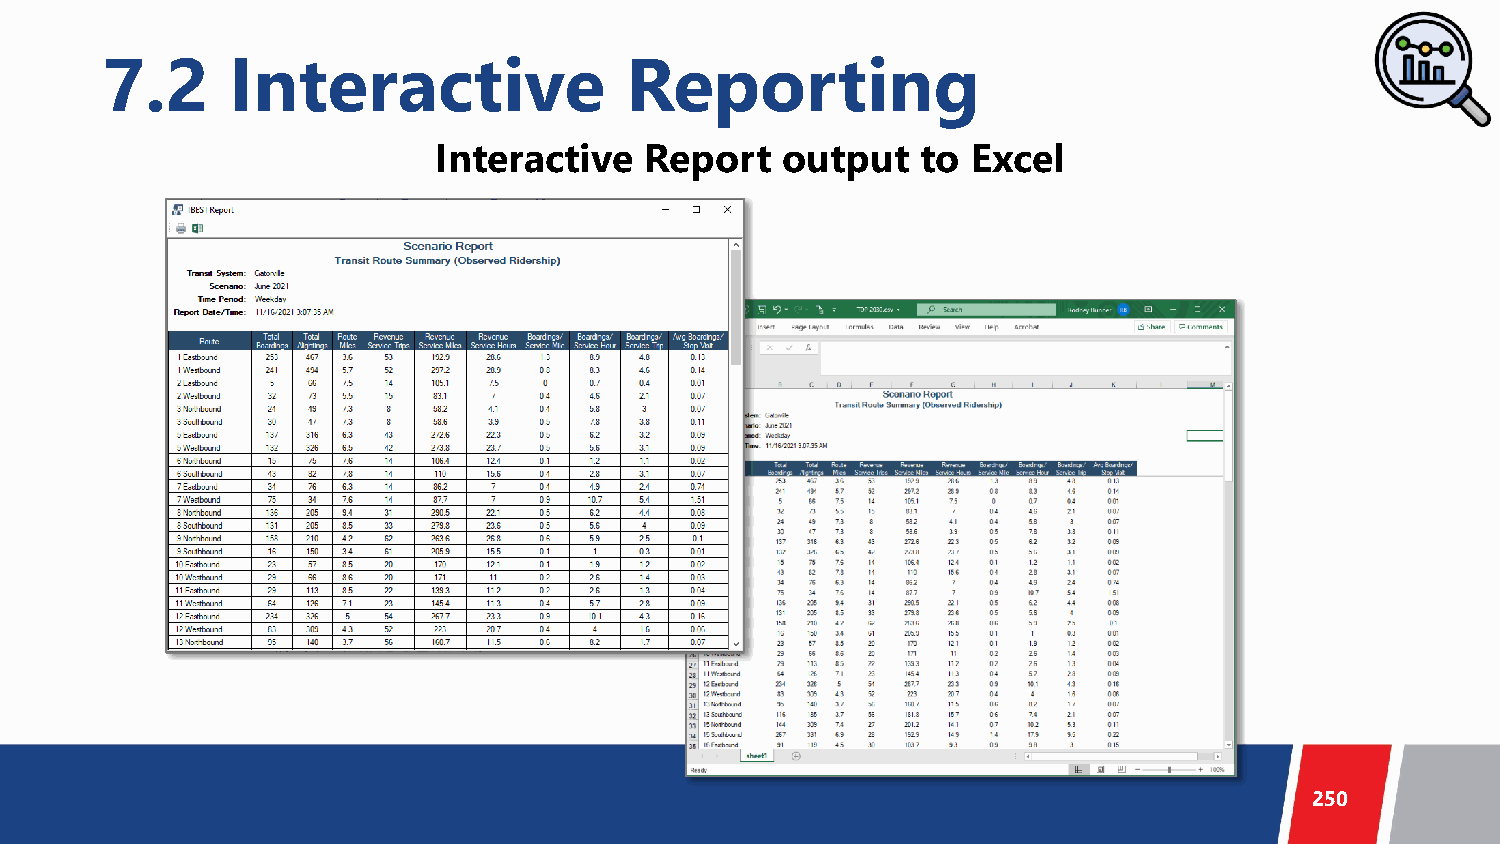
7.2     Interactive               Reporting
 Interactive   Report   output   to Excel
 250